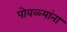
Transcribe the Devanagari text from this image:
पोवळ्यांना